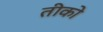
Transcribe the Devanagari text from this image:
तीको